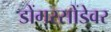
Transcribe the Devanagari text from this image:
डोंगरसोंडेवर